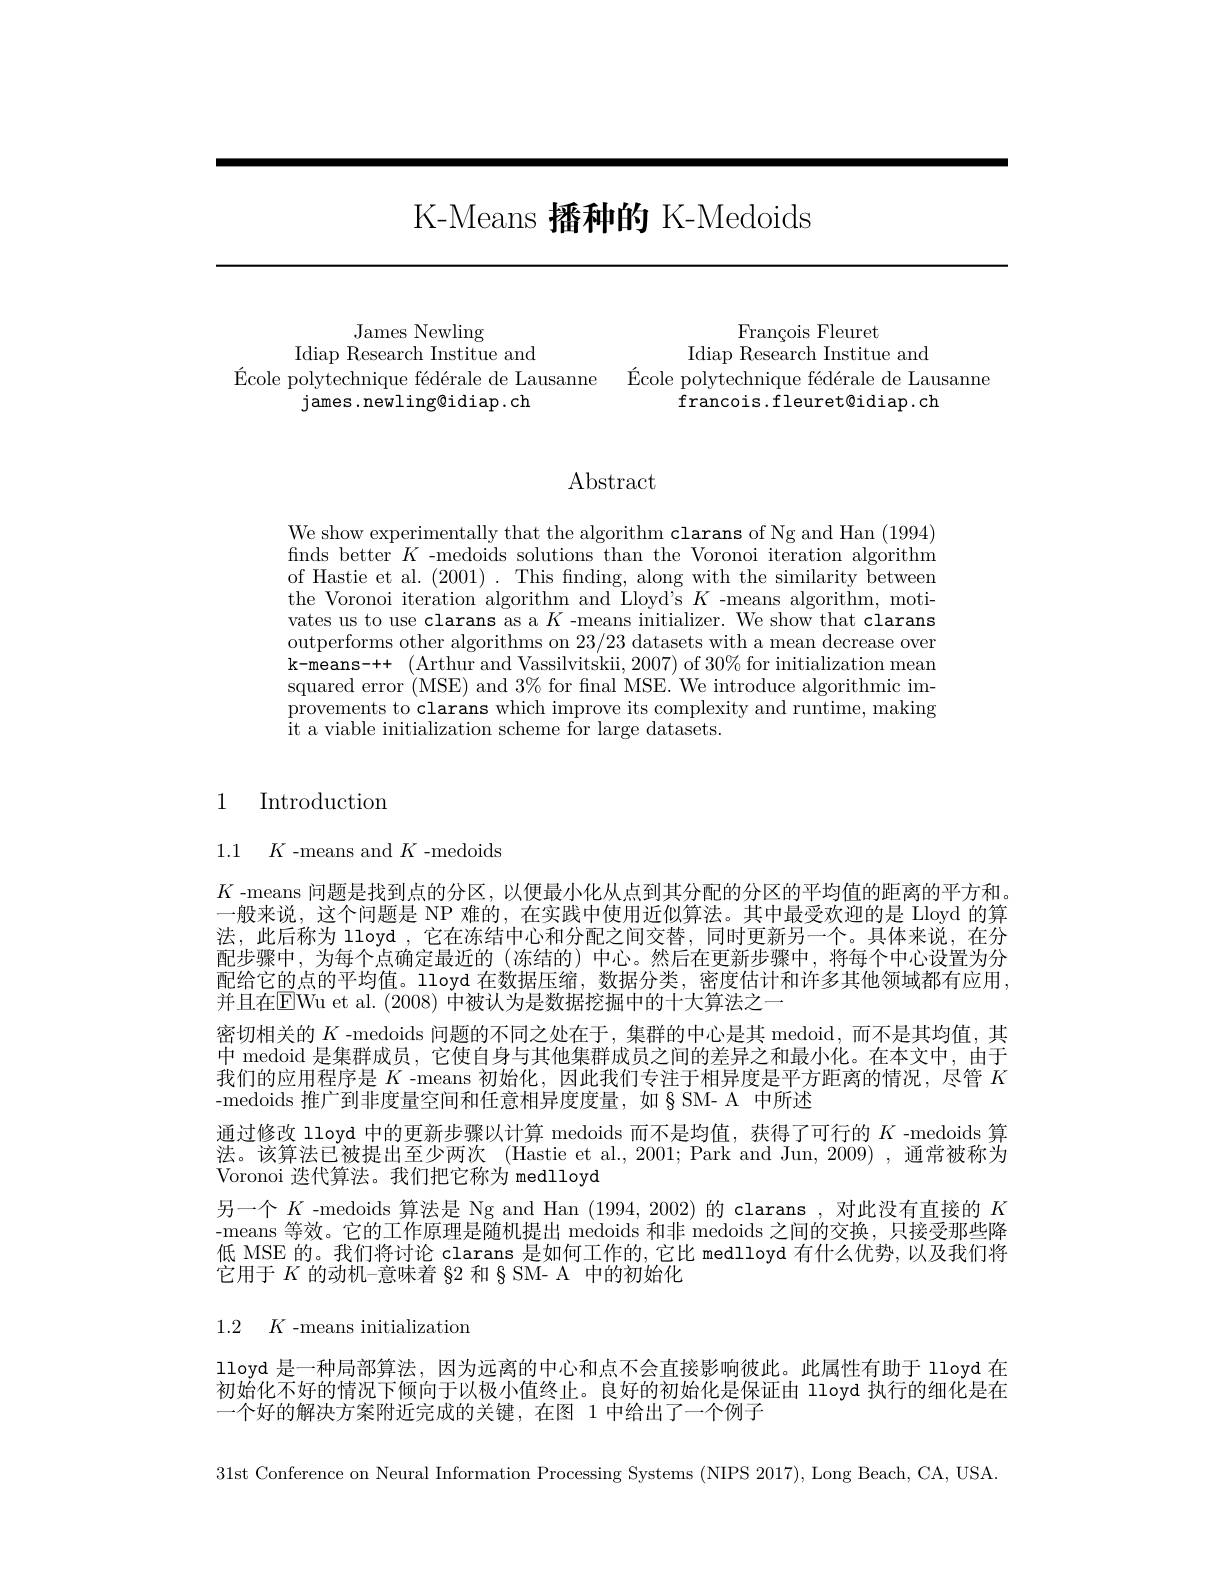
# K-Means 播种的 K-Medoids

James Newling
Idiap Research Institue and james.newling@idiap.ch

François Fleuret
Idiap Research Institue and
$\text{\' {E}colepolytechnique f\' {e}d\' {e}raledeLausanne}$ $\text{\' {E}colepolytechniquef\' {e}d\' {e}raledeLausanne}$
francois.fleuret@idiap.ch

$\operatorname{Abstract}$

We show experimentally that the algorithm clarans of Ng and Han (1994) finds better $K$ -medoids solutions than the Voronoi iteration algorithm of Hastie et al. (2001) . This fnding, along with the similarity between the Voronoi iteration algorithm and Lloyd's $K$ -means algorithm, motivates us to use clarans as a $K$ -means initializer. We show that clarans outperforms other algorithms on 23/23 datasets with a mean decrease over k-means-++ (Arthur and Vassilvitskii, 2007) of $30\%$ for initialization mean squared error (MSE) and $3\%$ for final MSE. We introduce algorithmic improvements to clarans which improve its complexity and runtime, making it a viable initialization scheme for large datasets.

## 1 Introduction

1.1 $K$-means and$K$-medoids

$K$ -means 问题是找到点的分区，以便最小化从点到其分配的分区的平均值的距离的平方和。一般来说，这个问题是 NP 难的 , 在实践中使用近似算法。其中最受欢迎的是 Lloyd 的算法，此后称为 lloyd ,它在冻结中心和分配之间交替，同时更新另一个。具体来说，在分配步骤中，为每个点确定最近的(冻结的)中心。然后在更新步骤中，将每个中心设置为分配给它的点的平均值。lloyd 在数据压缩，数据分类，密度估计和许多其他领域都有应用， 并且在EWu et al. (2008) 中被认为是数据挖掘中的十大算法之一
密切相关的$K$ -medoids 问题的不同之处在于，集群的中心是其 medoid,而不是其均值，其中 medoid 是集群成员，它使自身与其他集群成员之间的差异之和最小化。在本文中，由于我们的应用程序是$K$ -means 初始化，因此我们专注于相异度是平方距离的情况，尽管$K$ -medoids 推广到非度量空间和任意相异度度量，如 § SM- A 中所述
通过修改 lloyd 中的更新步骤以计算 medoids 而不是均值，获得了可行的$K$ -medoids 算法。该算法已被提出至少两次 (Hastie et al., 2001; Park and Jun, 2009), 通常被称为Voronoi 迭代算法。我们把它称为 medlloyd
另一个$K$ -medoids 算法是 Ng and Han (1994,2002)的 clarans ,对此没有直接的$K$ -means 等效。它的工作原理是随机提出 medoids 和非 medoids 之间的交换，只接受那些降低 MSE 的。我们将讨论 clarans 是如何工作的，它比 medlloyd 有什么优势，以及我们将它用于$K$的动机-意味着 82 和 § SM- A 中的初始化

1.2 $K$-means initialization

lloyd 是一种局部算法，因为远离的中心和点不会直接影响彼此。此属性有助于 lloyd 在初始化不好的情况下倾向于以极小值终止。良好的初始化是保证由 lloyd 执行的细化是在一个好的解决方案附近完成的关键，在图 1 中给出了一个例子

31st Conference on Neural Information Processing Systems (NIPS 2017), Long Beach, CA, USA